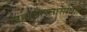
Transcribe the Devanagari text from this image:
महाभारतासोबत